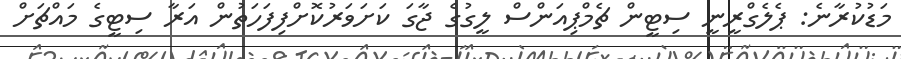
މަޑުކުރާނެ: ޕެލެގްރީނީ ސިޓީން ޗެމްޕިއަންސް ލީގުގެ ޖާގަ ކަށަވަރުކޮށްފިފަހަތުން އަރާ ސިޓީގެ މައްޗަށް